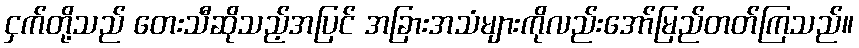
ငှက်တို့သည် တေးသီဆိုသည့်အပြင် အခြားအသံများကိုလည်းအော်မြည်တတ်ကြသည်။